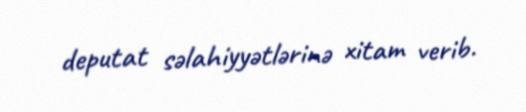
deputat səlahiyyətlərinə xitam verib.